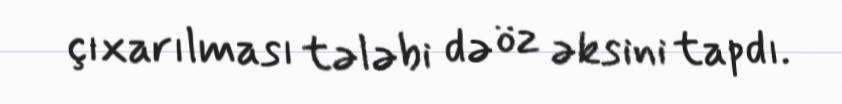
çıxarılması tələbi də öz əksini tapdı.